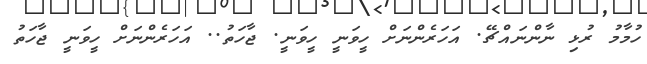
ހުމާމު ރުޅި ނާންނައްޗޭ. އަހަރެންނަށް ހީވަނީ ހީވަނީ. ޖާހަތު.. އަހަރެންނަށް ހީވަނީ ޖާހަތު